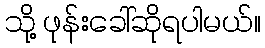
သို့ ဖုန်းခေါ်ဆိုရပါမယ်။